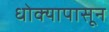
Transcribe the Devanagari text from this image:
धोक्यापासून